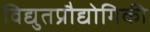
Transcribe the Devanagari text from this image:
विद्युतप्रौद्योगिकी